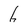
Character: h